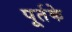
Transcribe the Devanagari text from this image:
पूर्तके